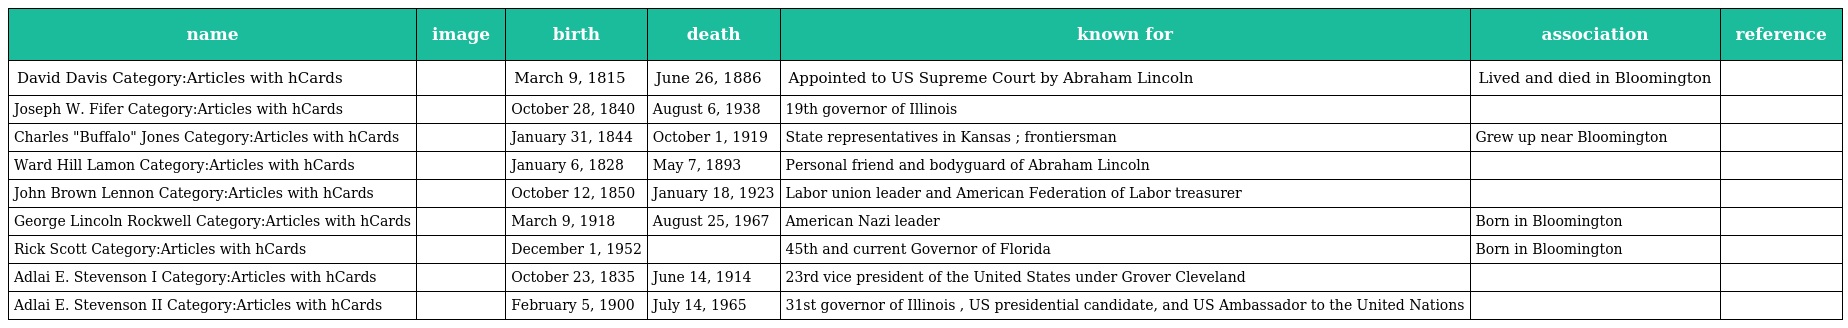
| name | image | birth | death | known for | association | reference |
 | --- | --- | --- | --- | --- | --- | --- |
 | David Davis Category:Articles with hCards |  | March 9, 1815 | June 26, 1886 | Appointed to US Supreme Court by Abraham Lincoln | Lived and died in Bloomington |  |
 | Joseph W. Fifer Category:Articles with hCards |  | October 28, 1840 | August 6, 1938 | 19th governor of Illinois |  |  |
 | Charles "Buffalo" Jones Category:Articles with hCards |  | January 31, 1844 | October 1, 1919 | State representatives in Kansas ; frontiersman | Grew up near Bloomington |  |
 | Ward Hill Lamon Category:Articles with hCards |  | January 6, 1828 | May 7, 1893 | Personal friend and bodyguard of Abraham Lincoln |  |  |
 | John Brown Lennon Category:Articles with hCards |  | October 12, 1850 | January 18, 1923 | Labor union leader and American Federation of Labor treasurer |  |  |
 | George Lincoln Rockwell Category:Articles with hCards |  | March 9, 1918 | August 25, 1967 | American Nazi leader | Born in Bloomington |  |
 | Rick Scott Category:Articles with hCards |  | December 1, 1952 |  | 45th and current Governor of Florida | Born in Bloomington |  |
 | Adlai E. Stevenson I Category:Articles with hCards |  | October 23, 1835 | June 14, 1914 | 23rd vice president of the United States under Grover Cleveland |  |  |
 | Adlai E. Stevenson II Category:Articles with hCards |  | February 5, 1900 | July 14, 1965 | 31st governor of Illinois , US presidential candidate, and US Ambassador to the United Nations |  |  |